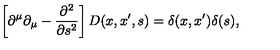
\left[ \partial ^ { \mu } \partial _ { \mu } - \frac { \partial ^ { 2 } } { \partial s ^ { 2 } } \right] D ( x , x ^ { \prime } , s ) = \delta ( x , x ^ { \prime } ) \delta ( s ) ,